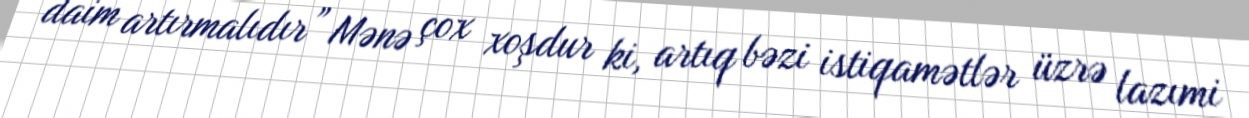
daim artırmalıdır” Mənə çox xoşdur ki, artıq bəzi istiqamətlər üzrə lazımi